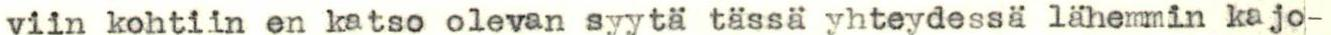
viin kohtiin en katso olevan syytä tässä yhteydessä lähemmin kajo-